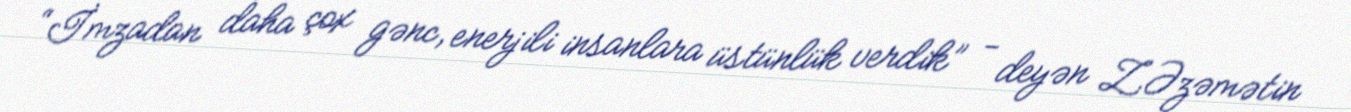
“İmzadan daha çox gənc, enerjili insanlara üstünlük verdik” - deyən Z.Əzəmətin